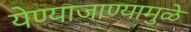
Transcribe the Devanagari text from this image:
येण्याजाण्यामुळे